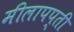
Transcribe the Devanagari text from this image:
मीलापप्ती